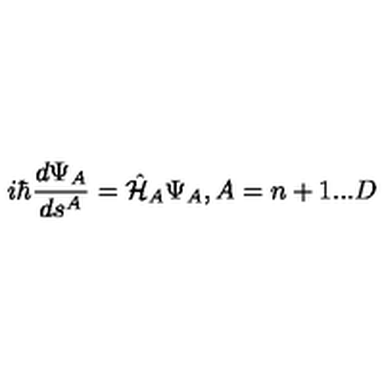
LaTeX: i \hbar \frac { d \Psi _ { A } } { d s ^ { A } } = \hat { \cal H } _ { A } \Psi _ { A } , A = n + 1 . . . D